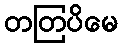
တတြပိမေ